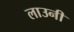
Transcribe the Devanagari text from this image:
लाउनी